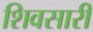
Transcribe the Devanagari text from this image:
शिवसारी